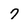
Character: 7